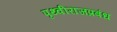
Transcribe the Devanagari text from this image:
पृथ्वीराजप्रबंध